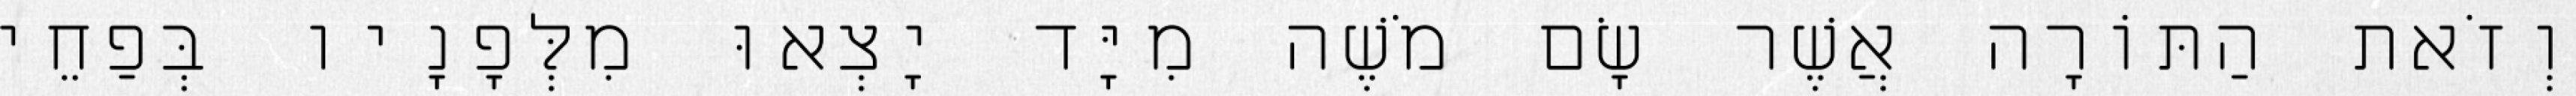
וְזֹאת הַתּוֹרָה אֲשֶׁר שָׂם מֹשֶׁה מִיָּד יָצְאוּ מִלְּפָנָיו בְּפַחֵי